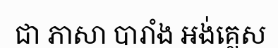
ជា ភាសា បារាំង អង់គ្លេស